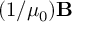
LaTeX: ( 1 / \mu _ { 0 } ) \mathbf { B }